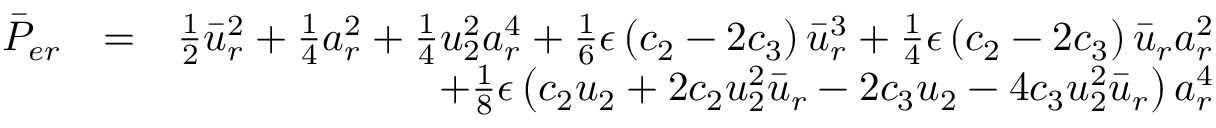
\begin{array} { r l r } { \bar { P } _ { e r } } & { = } & { \frac { 1 } { 2 } \bar { u } _ { r } ^ { 2 } + \frac { 1 } { 4 } a _ { r } ^ { 2 } + \frac { 1 } { 4 } u _ { 2 } ^ { 2 } a _ { r } ^ { 4 } + \frac { 1 } { 6 } \epsilon \left( c _ { 2 } - 2 c _ { 3 } \right) \bar { u } _ { r } ^ { 3 } + \frac { 1 } { 4 } \epsilon \left( c _ { 2 } - 2 c _ { 3 } \right) \bar { u } _ { r } a _ { r } ^ { 2 } } \\ & { } & { \mathrm + \frac { 1 } { 8 } \epsilon \left( c _ { 2 } u _ { 2 } + 2 c _ { 2 } u _ { 2 } ^ { 2 } \bar { u } _ { r } - 2 c _ { 3 } u _ { 2 } - 4 c _ { 3 } u _ { 2 } ^ { 2 } \bar { u } _ { r } \right) a _ { r } ^ { 4 } } \end{array}